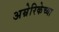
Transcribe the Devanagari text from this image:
अम्रेरिकेच्या